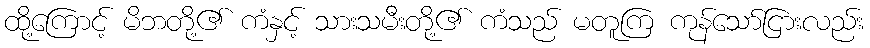
ထို့ကြောင့် မိဘတို့၏ ကံနှင့် သားသမီးတို့၏ ကံသည် မတူကြ ကုန်သော်ငြားလည်း